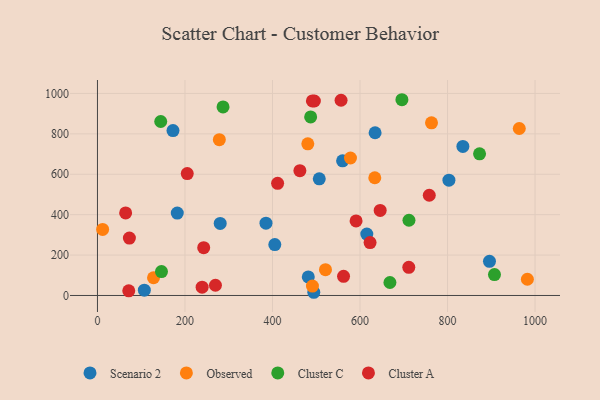
{"axis": {"x": "Price", "y": "Yield"}, "legend": ["Cluster A", "Cluster C", "Observed", "Scenario 2"], "data": [{"x": "835.1", "y": 737.8, "type": "Scenario 2"}, {"x": "172.6", "y": 816.3, "type": "Scenario 2"}, {"x": "385.1", "y": 357.8, "type": "Scenario 2"}, {"x": "803.2", "y": 570.8, "type": "Scenario 2"}, {"x": "107.1", "y": 26.1, "type": "Scenario 2"}, {"x": "182.4", "y": 407.8, "type": "Scenario 2"}, {"x": "634.5", "y": 805.4, "type": "Scenario 2"}, {"x": "481.8", "y": 91.7, "type": "Scenario 2"}, {"x": "280.5", "y": 356.5, "type": "Scenario 2"}, {"x": "560.2", "y": 666.5, "type": "Scenario 2"}, {"x": "895.9", "y": 168.9, "type": "Scenario 2"}, {"x": "615.5", "y": 303.8, "type": "Scenario 2"}, {"x": "494.4", "y": 15.8, "type": "Scenario 2"}, {"x": "405.3", "y": 251.7, "type": "Scenario 2"}, {"x": "506.9", "y": 577.5, "type": "Scenario 2"}, {"x": "128.1", "y": 87.7, "type": "Observed"}, {"x": "763.4", "y": 854.7, "type": "Observed"}, {"x": "633.8", "y": 582.8, "type": "Observed"}, {"x": "964.0", "y": 826.5, "type": "Observed"}, {"x": "982.5", "y": 80.3, "type": "Observed"}, {"x": "11.8", "y": 327.1, "type": "Observed"}, {"x": "480.7", "y": 750.5, "type": "Observed"}, {"x": "278.5", "y": 771.3, "type": "Observed"}, {"x": "491.3", "y": 46.3, "type": "Observed"}, {"x": "578.2", "y": 680.6, "type": "Observed"}, {"x": "521.1", "y": 127.7, "type": "Observed"}, {"x": "695.8", "y": 969.0, "type": "Cluster C"}, {"x": "907.3", "y": 103.3, "type": "Cluster C"}, {"x": "873.2", "y": 701.2, "type": "Cluster C"}, {"x": "711.9", "y": 372.4, "type": "Cluster C"}, {"x": "144.6", "y": 861.3, "type": "Cluster C"}, {"x": "146.3", "y": 118.1, "type": "Cluster C"}, {"x": "287.0", "y": 933.4, "type": "Cluster C"}, {"x": "487.2", "y": 884.1, "type": "Cluster C"}, {"x": "668.4", "y": 64.1, "type": "Cluster C"}, {"x": "73.0", "y": 283.9, "type": "Cluster A"}, {"x": "495.7", "y": 962.8, "type": "Cluster A"}, {"x": "411.7", "y": 555.2, "type": "Cluster A"}, {"x": "758.3", "y": 496.2, "type": "Cluster A"}, {"x": "646.1", "y": 421.1, "type": "Cluster A"}, {"x": "462.6", "y": 617.6, "type": "Cluster A"}, {"x": "556.7", "y": 966.5, "type": "Cluster A"}, {"x": "239.2", "y": 41.1, "type": "Cluster A"}, {"x": "64.4", "y": 408.7, "type": "Cluster A"}, {"x": "711.5", "y": 139.1, "type": "Cluster A"}, {"x": "269.6", "y": 50.6, "type": "Cluster A"}, {"x": "205.2", "y": 603.5, "type": "Cluster A"}, {"x": "591.0", "y": 368.9, "type": "Cluster A"}, {"x": "623.0", "y": 262.0, "type": "Cluster A"}, {"x": "242.8", "y": 236.6, "type": "Cluster A"}, {"x": "491.2", "y": 963.3, "type": "Cluster A"}, {"x": "562.4", "y": 94.8, "type": "Cluster A"}, {"x": "71.5", "y": 23.2, "type": "Cluster A"}]}